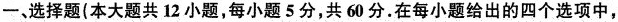
一、选择题(本大题共12小题，每小题5分，共60分。在每小题给出的四个选项中，